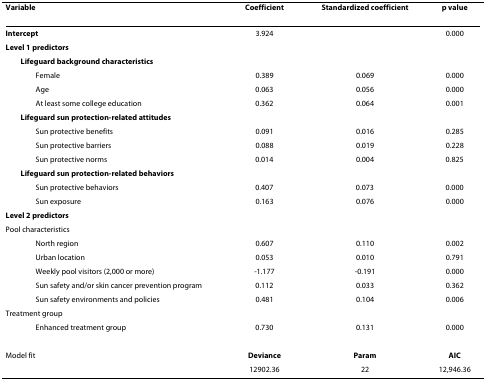
<table><thead><tr><td><b>Variable</b></td><td><b>Coefficient</b></td><td><b>Standardized coefficient</b></td><td><b>p value</b></td></tr></thead><tbody><tr><td><b>Intercept</b></td><td>3.924</td><td></td><td>0.000</td></tr><tr><td><b>Level 1 predictors</b></td><td></td><td></td><td></td></tr><tr><td> <b>Lifeguard background characteristics</b></td><td></td><td></td><td></td></tr><tr><td>Female</td><td>0.389</td><td>0.069</td><td>0.000</td></tr><tr><td>Age</td><td>0.063</td><td>0.056</td><td>0.000</td></tr><tr><td>At least some college education</td><td>0.362</td><td>0.064</td><td>0.001</td></tr><tr><td> <b>Lifeguard sun protection-related attitudes</b></td><td></td><td></td><td></td></tr><tr><td>Sun protective benefits</td><td>0.091</td><td>0.016</td><td>0.285</td></tr><tr><td>Sun protective barriers</td><td>0.088</td><td>0.019</td><td>0.228</td></tr><tr><td>Sun protective norms</td><td>0.014</td><td>0.004</td><td>0.825</td></tr><tr><td> <b>Lifeguard sun protection-related behaviors</b></td><td></td><td></td><td></td></tr><tr><td>Sun protective behaviors</td><td>0.407</td><td>0.073</td><td>0.000</td></tr><tr><td>Sun exposure</td><td>0.163</td><td>0.076</td><td>0.000</td></tr><tr><td><b>Level 2 predictors</b></td><td></td><td></td><td></td></tr><tr><td>Pool characteristics</td><td></td><td></td><td></td></tr><tr><td>North region</td><td>0.607</td><td>0.110</td><td>0.002</td></tr><tr><td>Urban location</td><td>0.053</td><td>0.010</td><td>0.791</td></tr><tr><td>Weekly pool visitors (2,000 or more)</td><td>-1.177</td><td>-0.191</td><td>0.000</td></tr><tr><td>Sun safety and/or skin cancer prevention program</td><td>0.112</td><td>0.033</td><td>0.362</td></tr><tr><td>Sun safety environments and policies</td><td>0.481</td><td>0.104</td><td>0.006</td></tr><tr><td>Treatment group</td><td></td><td></td><td></td></tr><tr><td>Enhanced treatment group</td><td>0.730</td><td>0.131</td><td>0.000</td></tr><tr><td>Model fit</td><td><b>Deviance</b></td><td><b>Param</b></td><td><b>AIC</b></td></tr><tr><td></td><td>12902.36</td><td>22</td><td>12,946.36</td></tr></tbody></table>